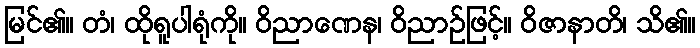
မြင်၏။ တံ၊ ထိုရူပါရုံကို။ ဝိညာဏေန၊ ဝိညာဉ်ဖြင့်။ ဝိဇာနာတိ၊ သိ၏။